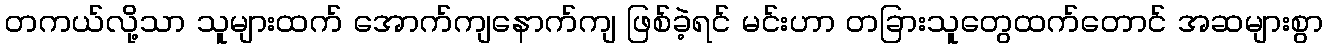
တကယ်လို့သာ သူများထက် အောက်ကျနောက်ကျ ဖြစ်ခဲ့ရင် မင်းဟာ တခြားသူတွေထက်တောင် အဆများစွာ